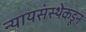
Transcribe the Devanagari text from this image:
न्यायसंस्थेकडून